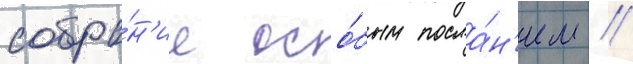
собра́н'ие осо́бым посла́н'ием //